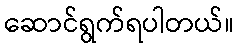
ဆောင်ရွက်ရပါတယ်။